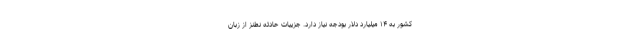
کشور به ۱۴ میلیارد دلار بودجه نیاز دارد. جزییات حادثه نطنز از زبان